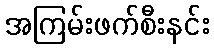
အကြမ်းဖက်စီးနင်း